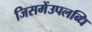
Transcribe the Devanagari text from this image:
जिसमेंउपलब्धि